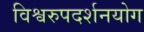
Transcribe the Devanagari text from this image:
विश्वरुपदर्शनयोग